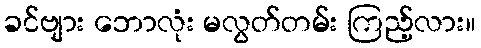
ခင်ဗျား ဘောလုံး မလွတ်တမ်း ကြည့်လား။